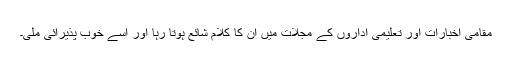
مقامی اخبارات اور تعلیمی اداروں کے مجلات میں ان کا کلام شائع ہوتا رہا اور اسے خوب پذیرائی ملی۔